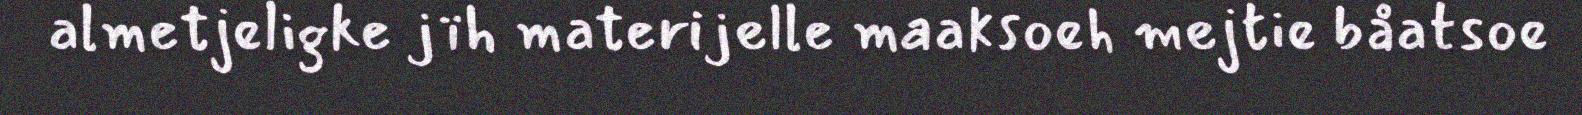
almetjeligke jïh materijelle maaksoeh mejtie båatsoe